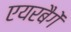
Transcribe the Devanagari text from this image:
एयरबैगें